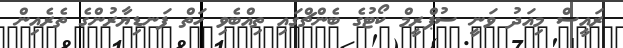
ރައީސް މިއަދު ވަނީ ސުޕްރީމް ކޯޓުގެ ބެންޗްގައި ތިއްބެވި ހަތް ފަނޑިޔާރުންގެ ތެރެއިން